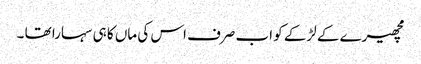
مچھیرے کے لڑکے کو اب صرف اس کی ماں کا ہی سہارا تھا ۔